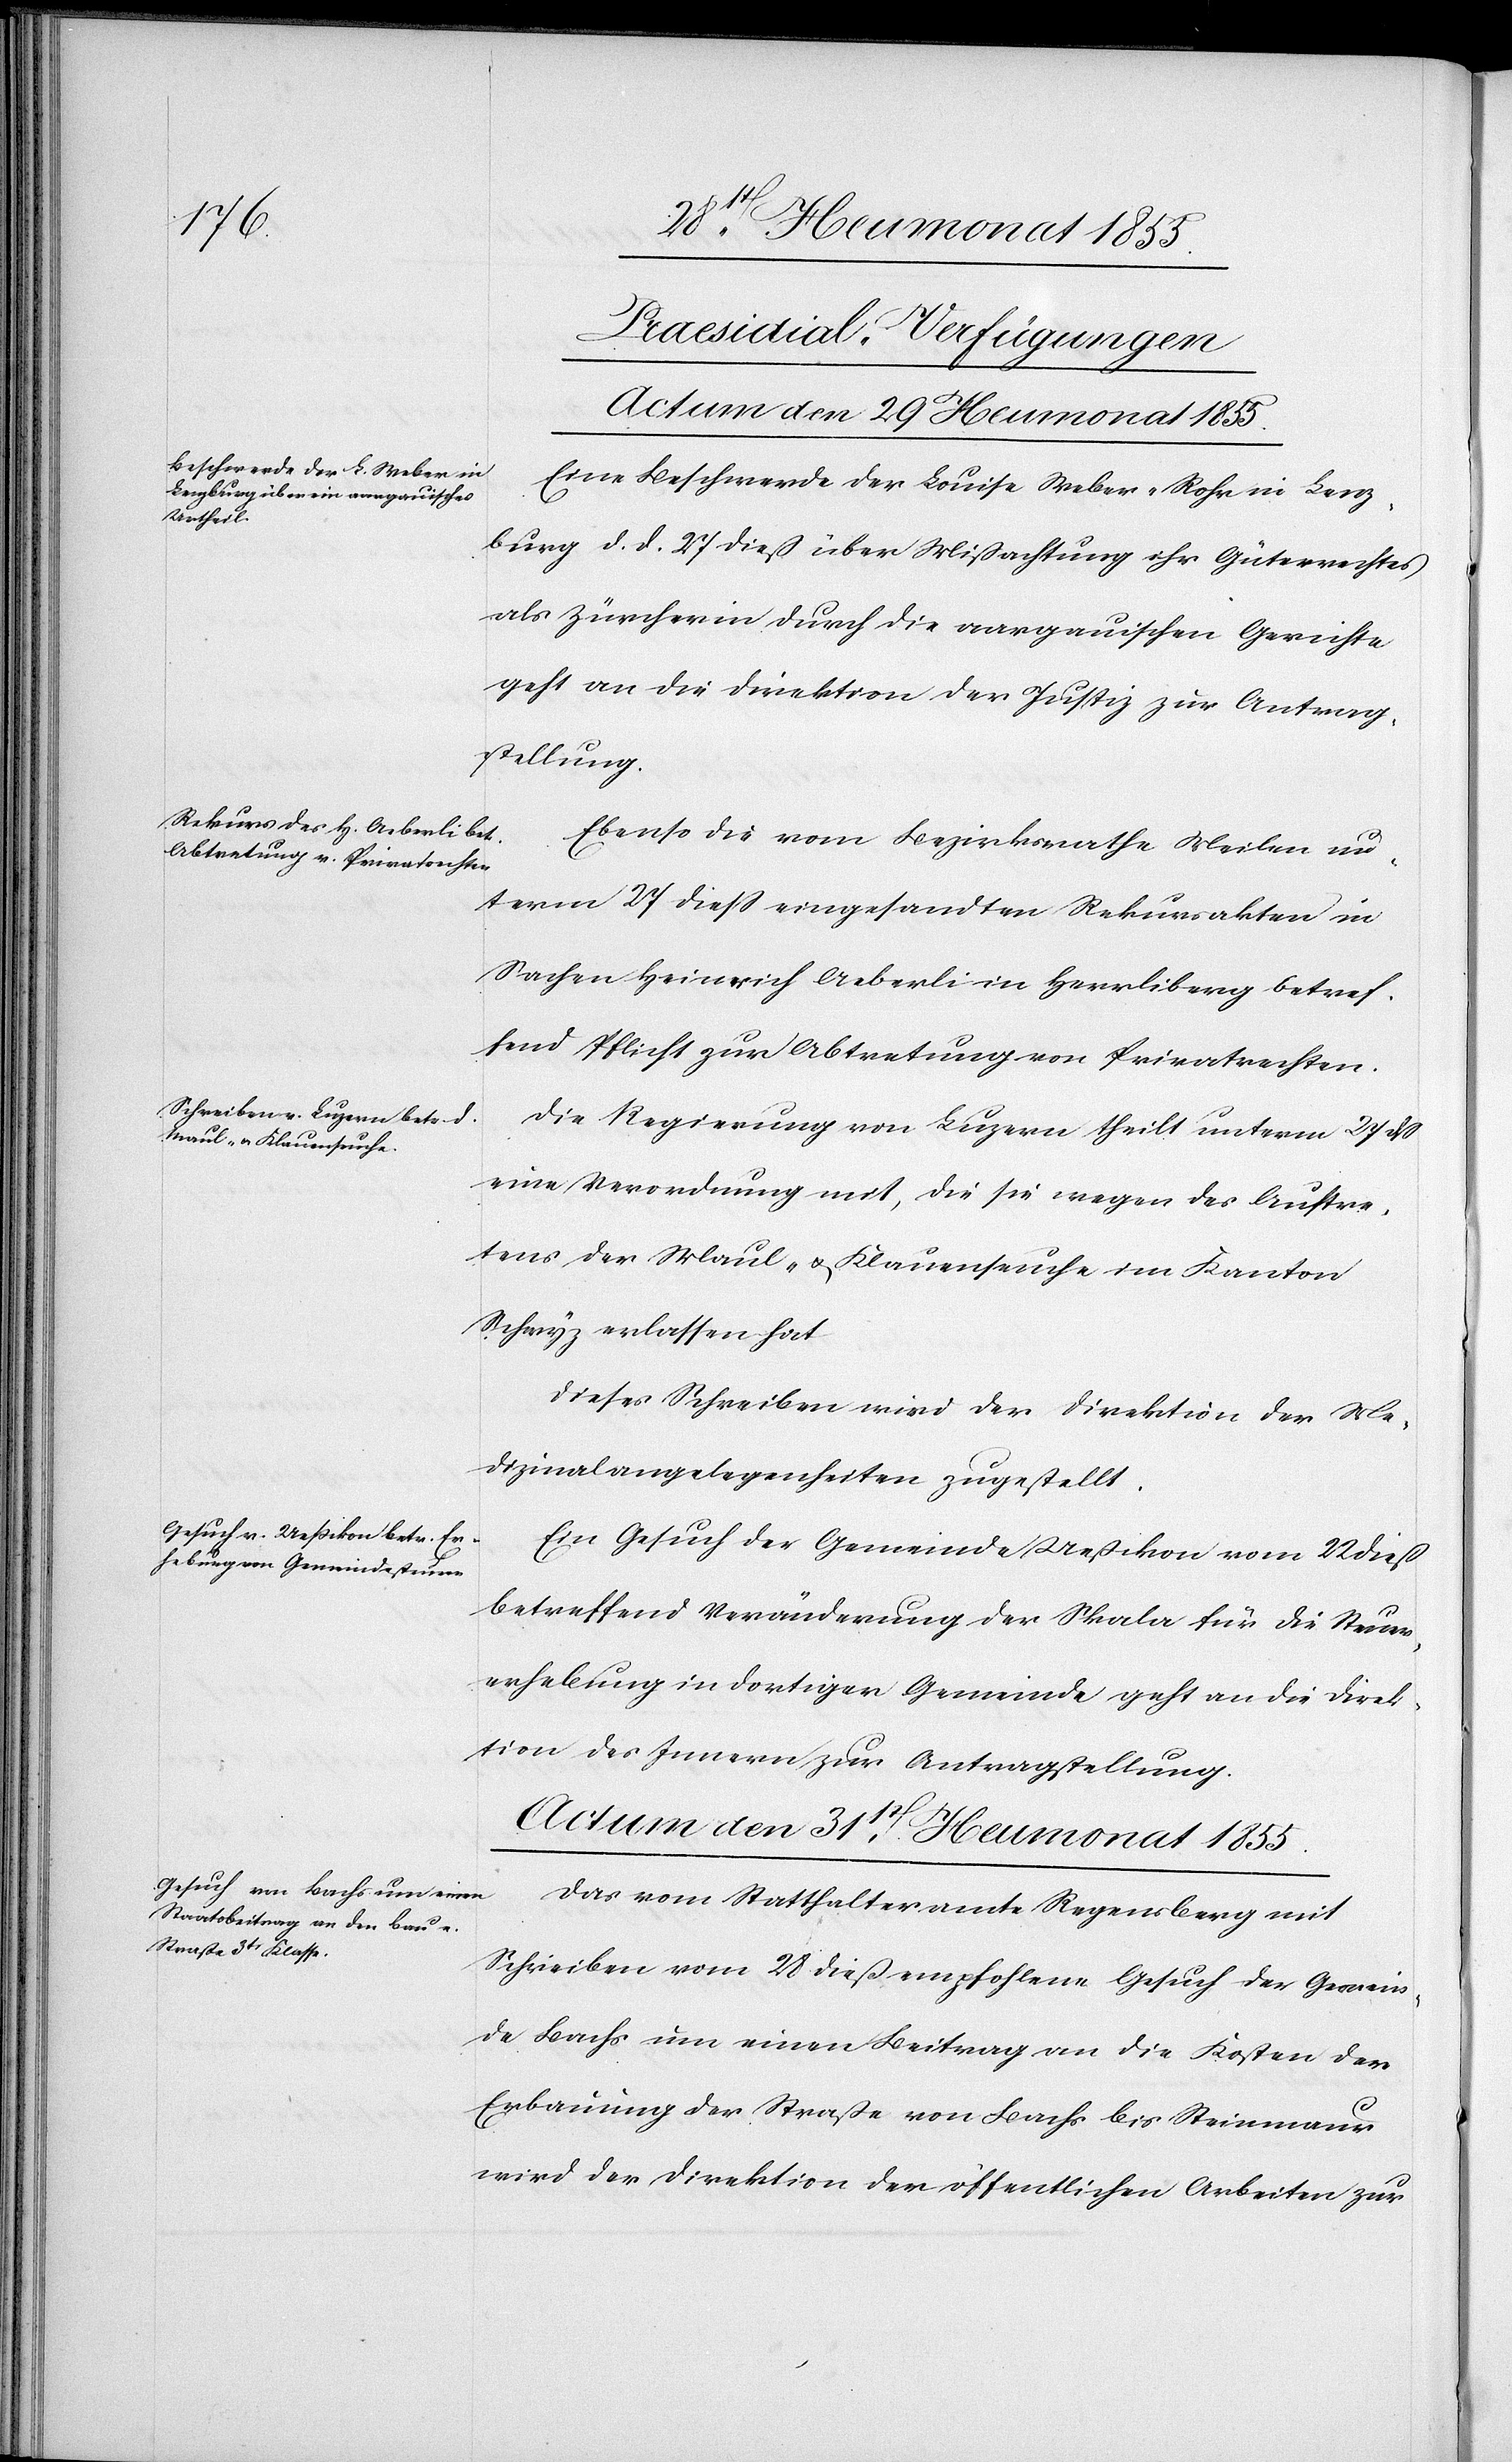
[Praesidial-Verfügungen]
Actum den 29 Heumonat 1855.]
Eine Beschwerde der Louise Weber-Rohr in Lenz¬
burg d. d. 27 dieß über Mißachtung ihr[es] Güterrechtes
als Zürcherin durch die aargauischen Gerichte
geht an die Direktion der Justiz zur Antrag¬
stellung.
Ebenso die vom Bezirksrathe Meilen un¬
term 27 diess eingesandten Rekursakten in
Sachen Heinrich Aeberli in Herrliberg betref¬
fend Pflicht zur Abtretung von Privatrechten.
Die Regierung von Luzern theilt unterm 27 dß
eine Verordnung mit, die sie wegen des Auftre¬
tens der Maul- & Klauenseuche im Kanton
Schwyz erlassen hat
Dieses Schreiben wird der Direktion der Me¬
dizinalangelegenheiten zugestellt.
Ein Gesuch der Gemeinde Ueßikon vom 22 dieß
betreffend Veränderung der Skala für die Steuer¬
erhebung in dortiger Gemeinde geht an die Direk¬
tion des Innern zur Antragstellung.
Actum den 31st Heumonat 1855.
Das vom Statthalteramte Regensberg mit
Schreiben vom 28 dieß empfohlene Gesuch der Gemein¬
de Bachs um einen Beitrag an die Kosten der
Erbauung der Straße von Bachs bis Steinmaur
wird der Direktion der öffentlichen Arbeiten zur